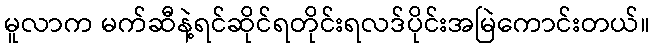
မူလာက မက်ဆီနဲ့ရင်ဆိုင်ရတိုင်းရလဒ်ပိုင်းအမြဲကောင်းတယ်။